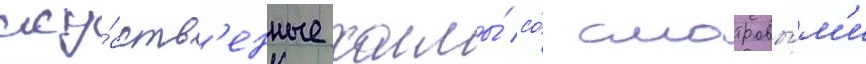
иску́сств'енные холмы́ со́ смотровы́м'и